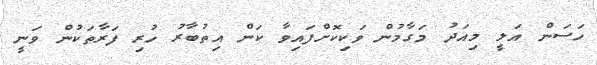
ހަސަން އަލީ މިއަދު މަގާމުން ވަކިކޮށްފައިވާ ކަން އިތުބާރު ހުރި ފަރާތަކުން ވަނީ